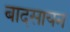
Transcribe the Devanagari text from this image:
बादसायन